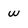
Character: w